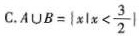
C.$$ A \cup B= \left\{ x | x < \frac{3}{2}| $$